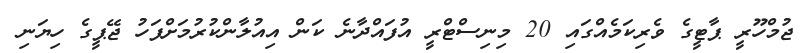
ޖުމްހޫރީ ޕާޓީގެ ވެރިކަމެއްގައި 20 މިނިސްޓްރީ އުފައްދާނެ ކަން އިއުލާންކުރުމަށްފަހު ޖޭޕީގެ ހިޔަނި